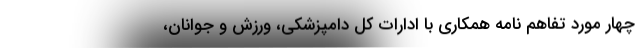
چهار مورد تفاهم نامه همکاری با ادارات کل دامپزشکی، ورزش و جوانان،